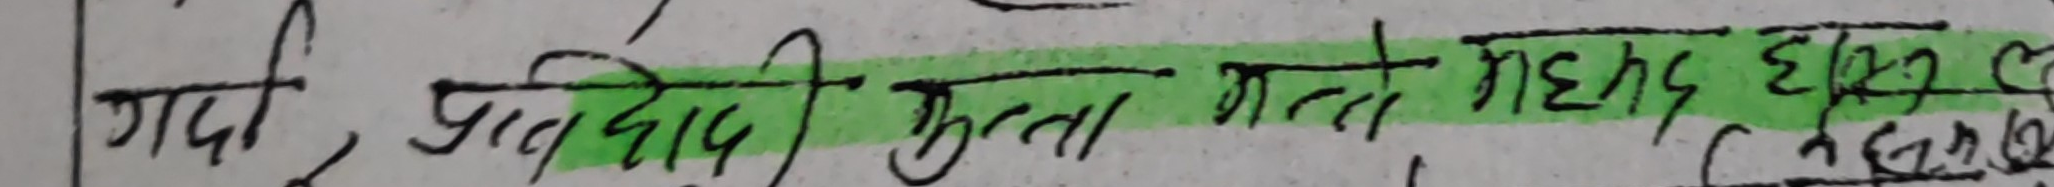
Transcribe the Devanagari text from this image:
गर्दै प्रतिबोधी फुल्न गरे महत्त्वपूर्ण